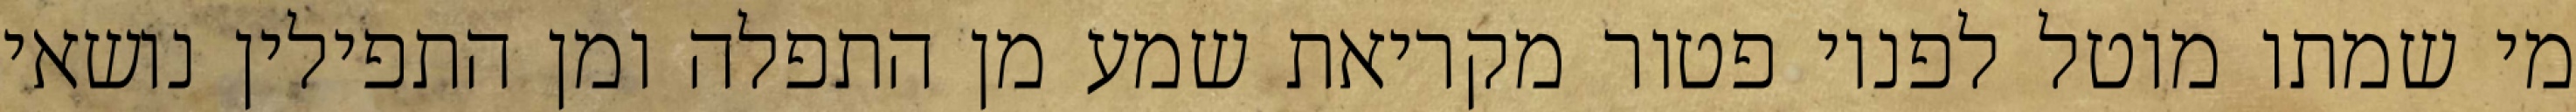
מי שמתו מוטל לפניו פטור מקריאת שמע מן התפלה ומן התפילין נושאי